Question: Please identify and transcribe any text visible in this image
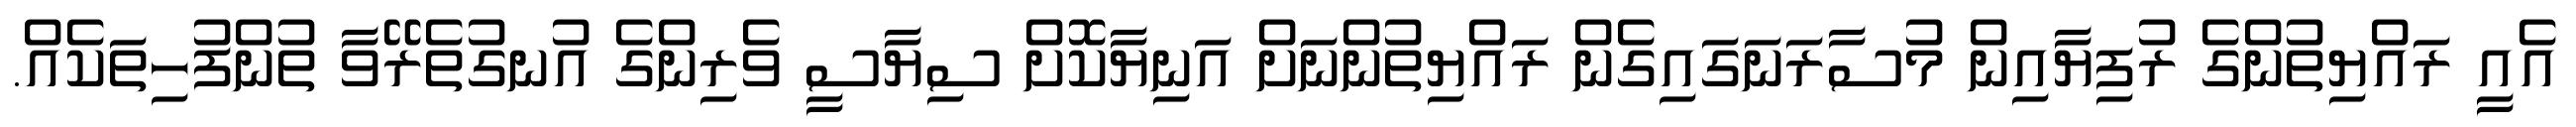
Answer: އެއީ ރައްޔިތުންގެ ރުފިޔާއިން މުސާރަނަގައިގެން ރައްޔިތުންނަށް އަނިޔާކޮށް ސިޔާސީ ވެރިންގެ އުނގުތެރޭވާ ތުންފުހިތަކެއް.